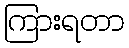
ကြားရတာ